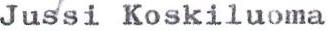
Jussi Koskiluoma